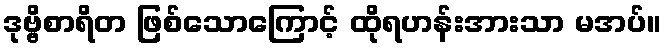
ဒုဗ္ဗိစာရိတ ဖြစ်သောကြောင့် ထိုရဟန်းအားသာ မအပ်။